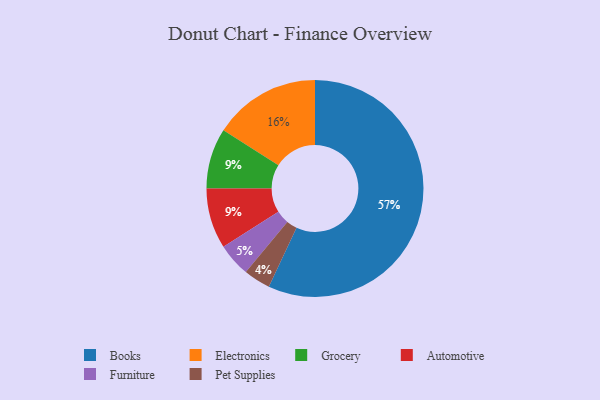
{"axis": {"x": "Category", "y": "Percentage"}, "legend": ["Automotive", "Books", "Electronics", "Furniture", "Grocery", "Pet Supplies"], "data": [{"x": "Pet Supplies", "y": 4, "type": "Pet Supplies"}, {"x": "Furniture", "y": 5, "type": "Furniture"}, {"x": "Grocery", "y": 9, "type": "Grocery"}, {"x": "Electronics", "y": 16, "type": "Electronics"}, {"x": "Books", "y": 57, "type": "Books"}, {"x": "Automotive", "y": 9, "type": "Automotive"}]}